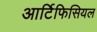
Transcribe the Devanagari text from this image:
आर्टिफिसियल